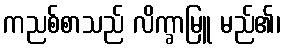
ကညစ်စာသည် လိက္ခာမြူ မည်၏၊